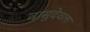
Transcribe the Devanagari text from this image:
वासुदेवला